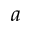
a